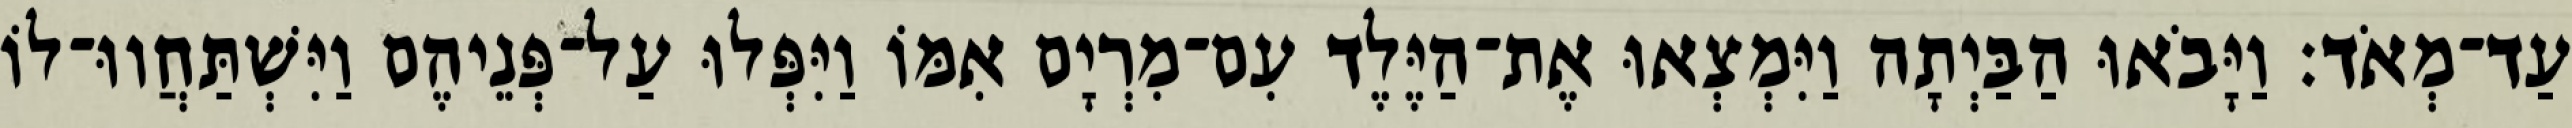
עַד־מְאֹד׃ וַיָּבֹאוּ הַבַּיְתָה וַיִּמְצְאוּ אֶת־הַיֶּלֶד עִם־מִרְיָם אִמּוֹ וַיִּפְּלוּ עַל־פְּנֵיהֶם וַיִּשְׁתַּחֲווּ־לוֹ